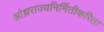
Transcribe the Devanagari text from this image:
आंध्रराज्यनिर्मितीकरिता